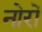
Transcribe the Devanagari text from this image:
नोरों